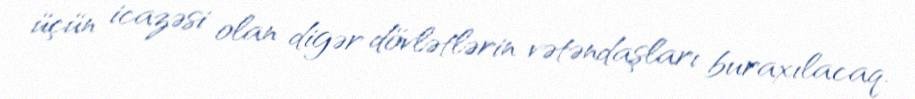
üçün icazəsi olan digər dövlətlərin vətəndaşları buraxılacaq.